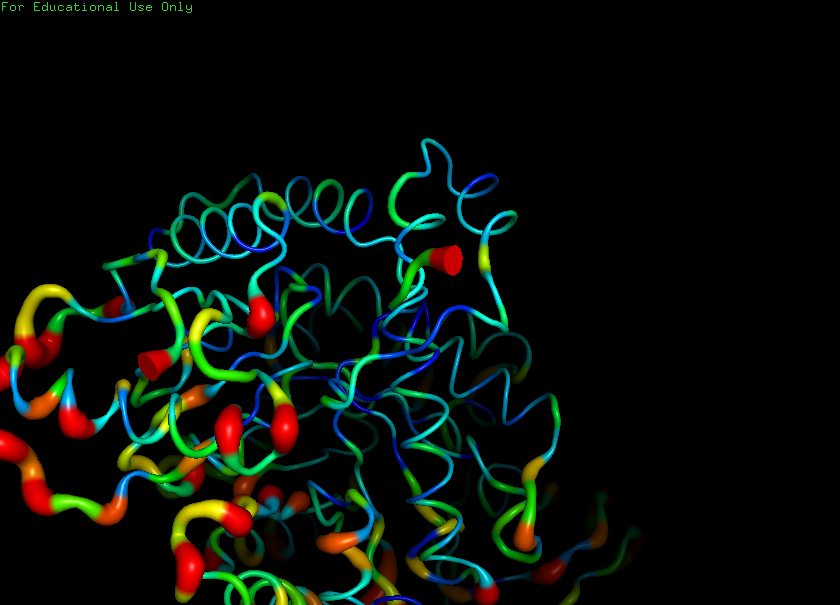
pymol, preset, b_factor_putty